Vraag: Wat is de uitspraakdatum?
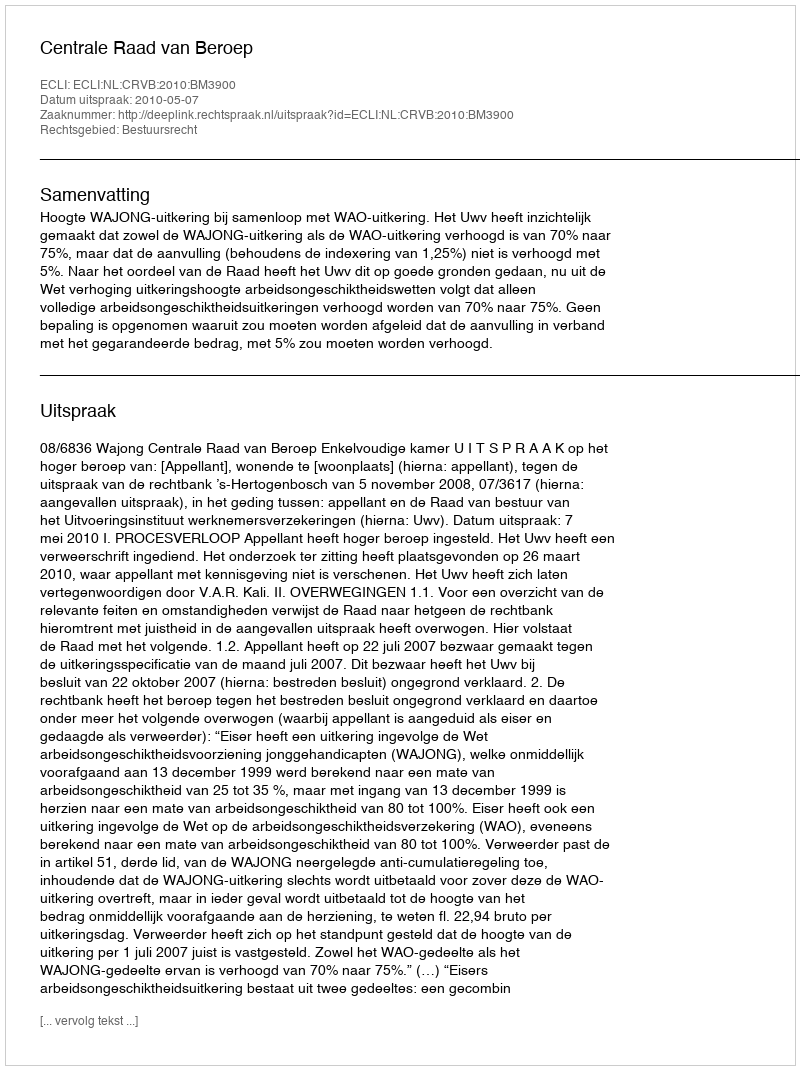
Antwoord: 2010-05-07